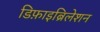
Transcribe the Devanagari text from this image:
डिफ़ाइब्रिलेशन